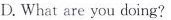
D.What are you doing?